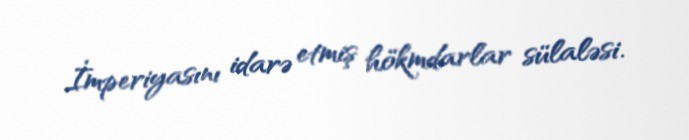
İmperiyasını idarə etmiş hökmdarlar sülaləsi.